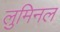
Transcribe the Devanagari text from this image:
लुमिनल